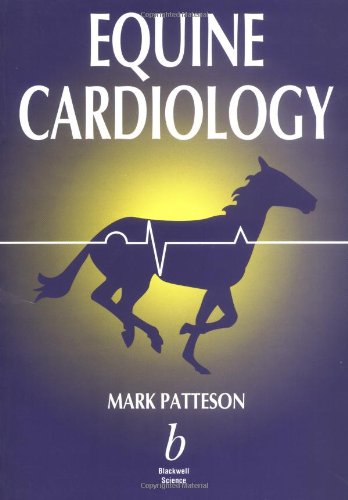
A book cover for Equine Cardiology (Library of Veterinary Practice); M. Patteson; Medical Books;